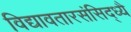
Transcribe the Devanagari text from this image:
विद्यावतारसंसिद्ध्यै